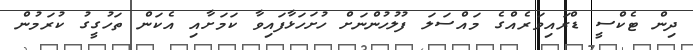
ދިން ޓެކްސީ ޑްރައިވަރެއްގެ މައްސަލަ ފުލުހުންނަށް ހުށަހަޅާފައިވާ ކަމަށާއި އެކަން ތަހުގީގު ކުރަމުން